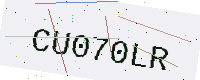
Text: CU070LR